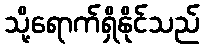
သို့ရောက်ရှိနိုင်သည်